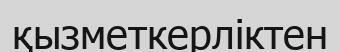
қызметкерліктен